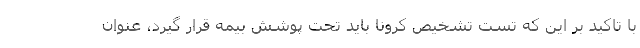
با تاکید بر این که تست تشخیص کرونا باید تحت پوشش بیمه قرار گیرد، عنوان